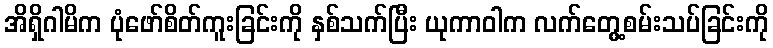
အိရှိဂါမိက ပုံဖော်စိတ်ကူးခြင်းကို နှစ်သက်ပြီး ယုကာဝါက လက်တွေ့စမ်းသပ်ခြင်းကို